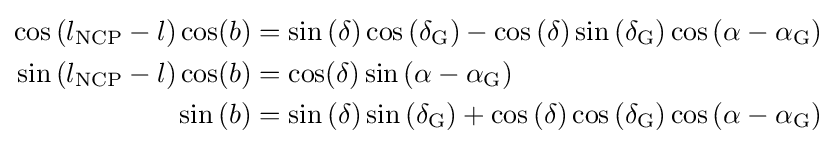
{\begin{aligned}\cos \left(l_{\text{NCP}}-l\right)\cos(b)&=\sin \left(\delta \right)\cos \left(\delta _{\text{G}}\right)-\cos \left(\delta \right)\sin \left(\delta _{\text{G}}\right)\cos \left(\alpha -\alpha _{\text{G}}\right)\\\sin \left(l_{\text{NCP}}-l\right)\cos(b)&=\cos(\delta )\sin \left(\alpha -\alpha _{\text{G}}\right)\\\sin \left(b\right)&=\sin \left(\delta \right)\sin \left(\delta _{\text{G}}\right)+\cos \left(\delta \right)\cos \left(\delta _{\text{G}}\right)\cos \left(\alpha -\alpha _{\text{G}}\right)\end{aligned}}